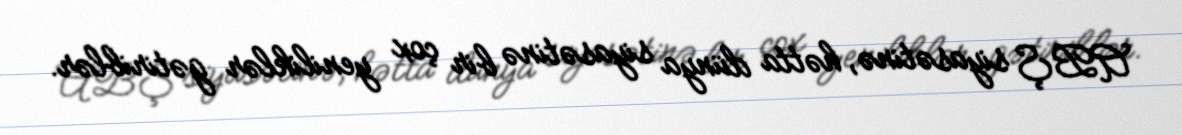
ABŞ siyasətinə, hətta dünya siyasətinə bir çox yeniliklər gətiriblər.